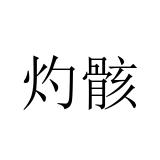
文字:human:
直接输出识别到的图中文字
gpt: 灼骸